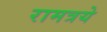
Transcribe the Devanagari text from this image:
रामत्रये